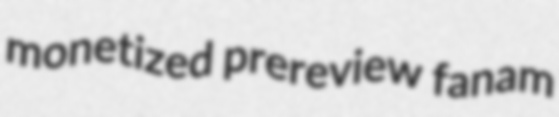
monetized prereview fanam